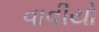
વાવીયો